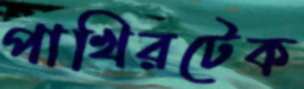
পাখিরটেক